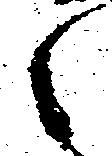
之